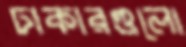
ঢাকারগুলো